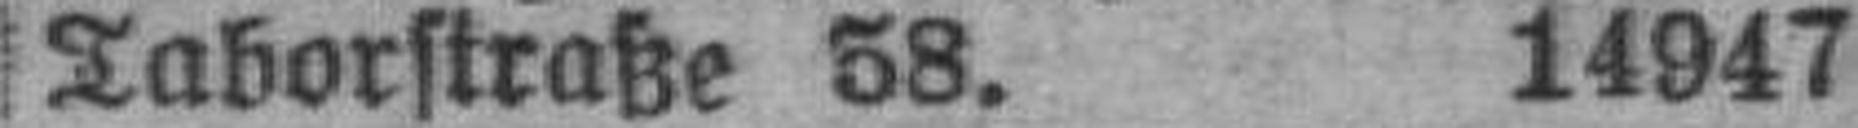
Taborstraße 58. 14947